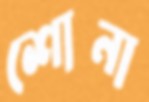
শোনা